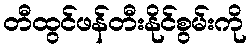
တီထွင်ဖန်တီးနိုင်စွမ်းကို